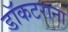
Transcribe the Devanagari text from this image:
डॉकटराना